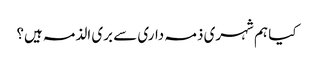
کیا ہم شہری ذمہ داری سے بری الذمہ ہیں؟